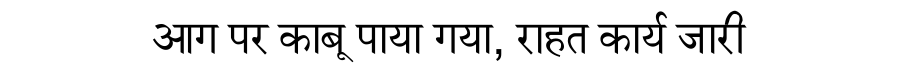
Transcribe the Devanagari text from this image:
आग पर काबू पाया गया, राहत कार्य जारी